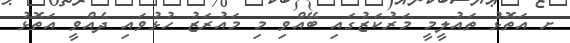
ށ އަތޮޅު ތައުލީމީ މަރުކަޒުގައި ބޭއްވި މި މައުރަޒު ހުޅުވައި ދެއްވީ އަތޮޅު